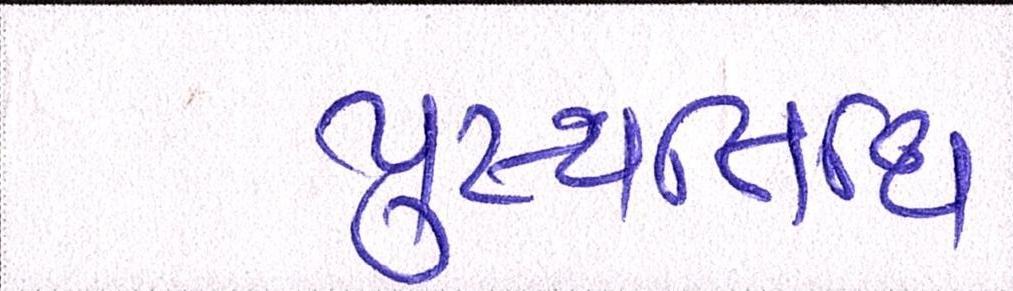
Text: પુણ્યતિથિ